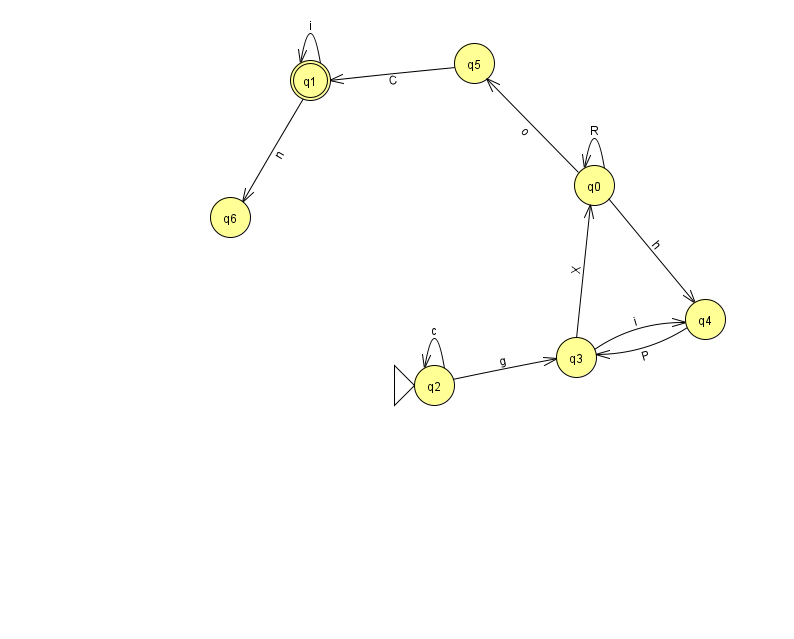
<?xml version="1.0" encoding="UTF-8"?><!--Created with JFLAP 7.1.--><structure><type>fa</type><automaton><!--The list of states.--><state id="0" name="q0"><x>594.0</x><y>172.0</y></state><state id="1" name="q1"><x>310.0</x><y>67.0</y><final/></state><state id="2" name="q2"><x>434.0</x><y>372.0</y><initial/></state><state id="3" name="q3"><x>576.0</x><y>344.0</y></state><state id="4" name="q4"><x>705.0</x><y>306.0</y></state><state id="5" name="q5"><x>474.0</x><y>50.0</y></state><state id="6" name="q6"><x>230.0</x><y>204.0</y></state><!--The list of transitions.--><transition><from>0</from><to>0</to><read>R</read></transition><transition><from>0</from><to>4</to><read>h</read></transition><transition><from>2</from><to>2</to><read>c</read></transition><transition><from>0</from><to>5</to><read>o</read></transition><transition><from>4</from><to>3</to><read>P</read></transition><transition><from>2</from><to>3</to><read>g</read></transition><transition><from>5</from><to>1</to><read>C</read></transition><transition><from>3</from><to>0</to><read>X</read></transition><transition><from>1</from><to>1</to><read>i</read></transition><transition><from>1</from><to>6</to><read>n</read></transition><transition><from>3</from><to>4</to><read>i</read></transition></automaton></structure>